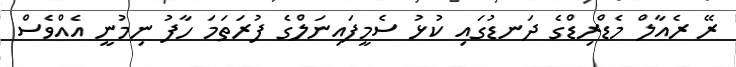
ރޭ ރެއާލް މެޑްރިޑްގެ ދަނޑުގައި ކުޅު ސެމީފައިނަލްގެ ފުރަތަމަ ހާފު ނިމުނީ އެއްވެސް